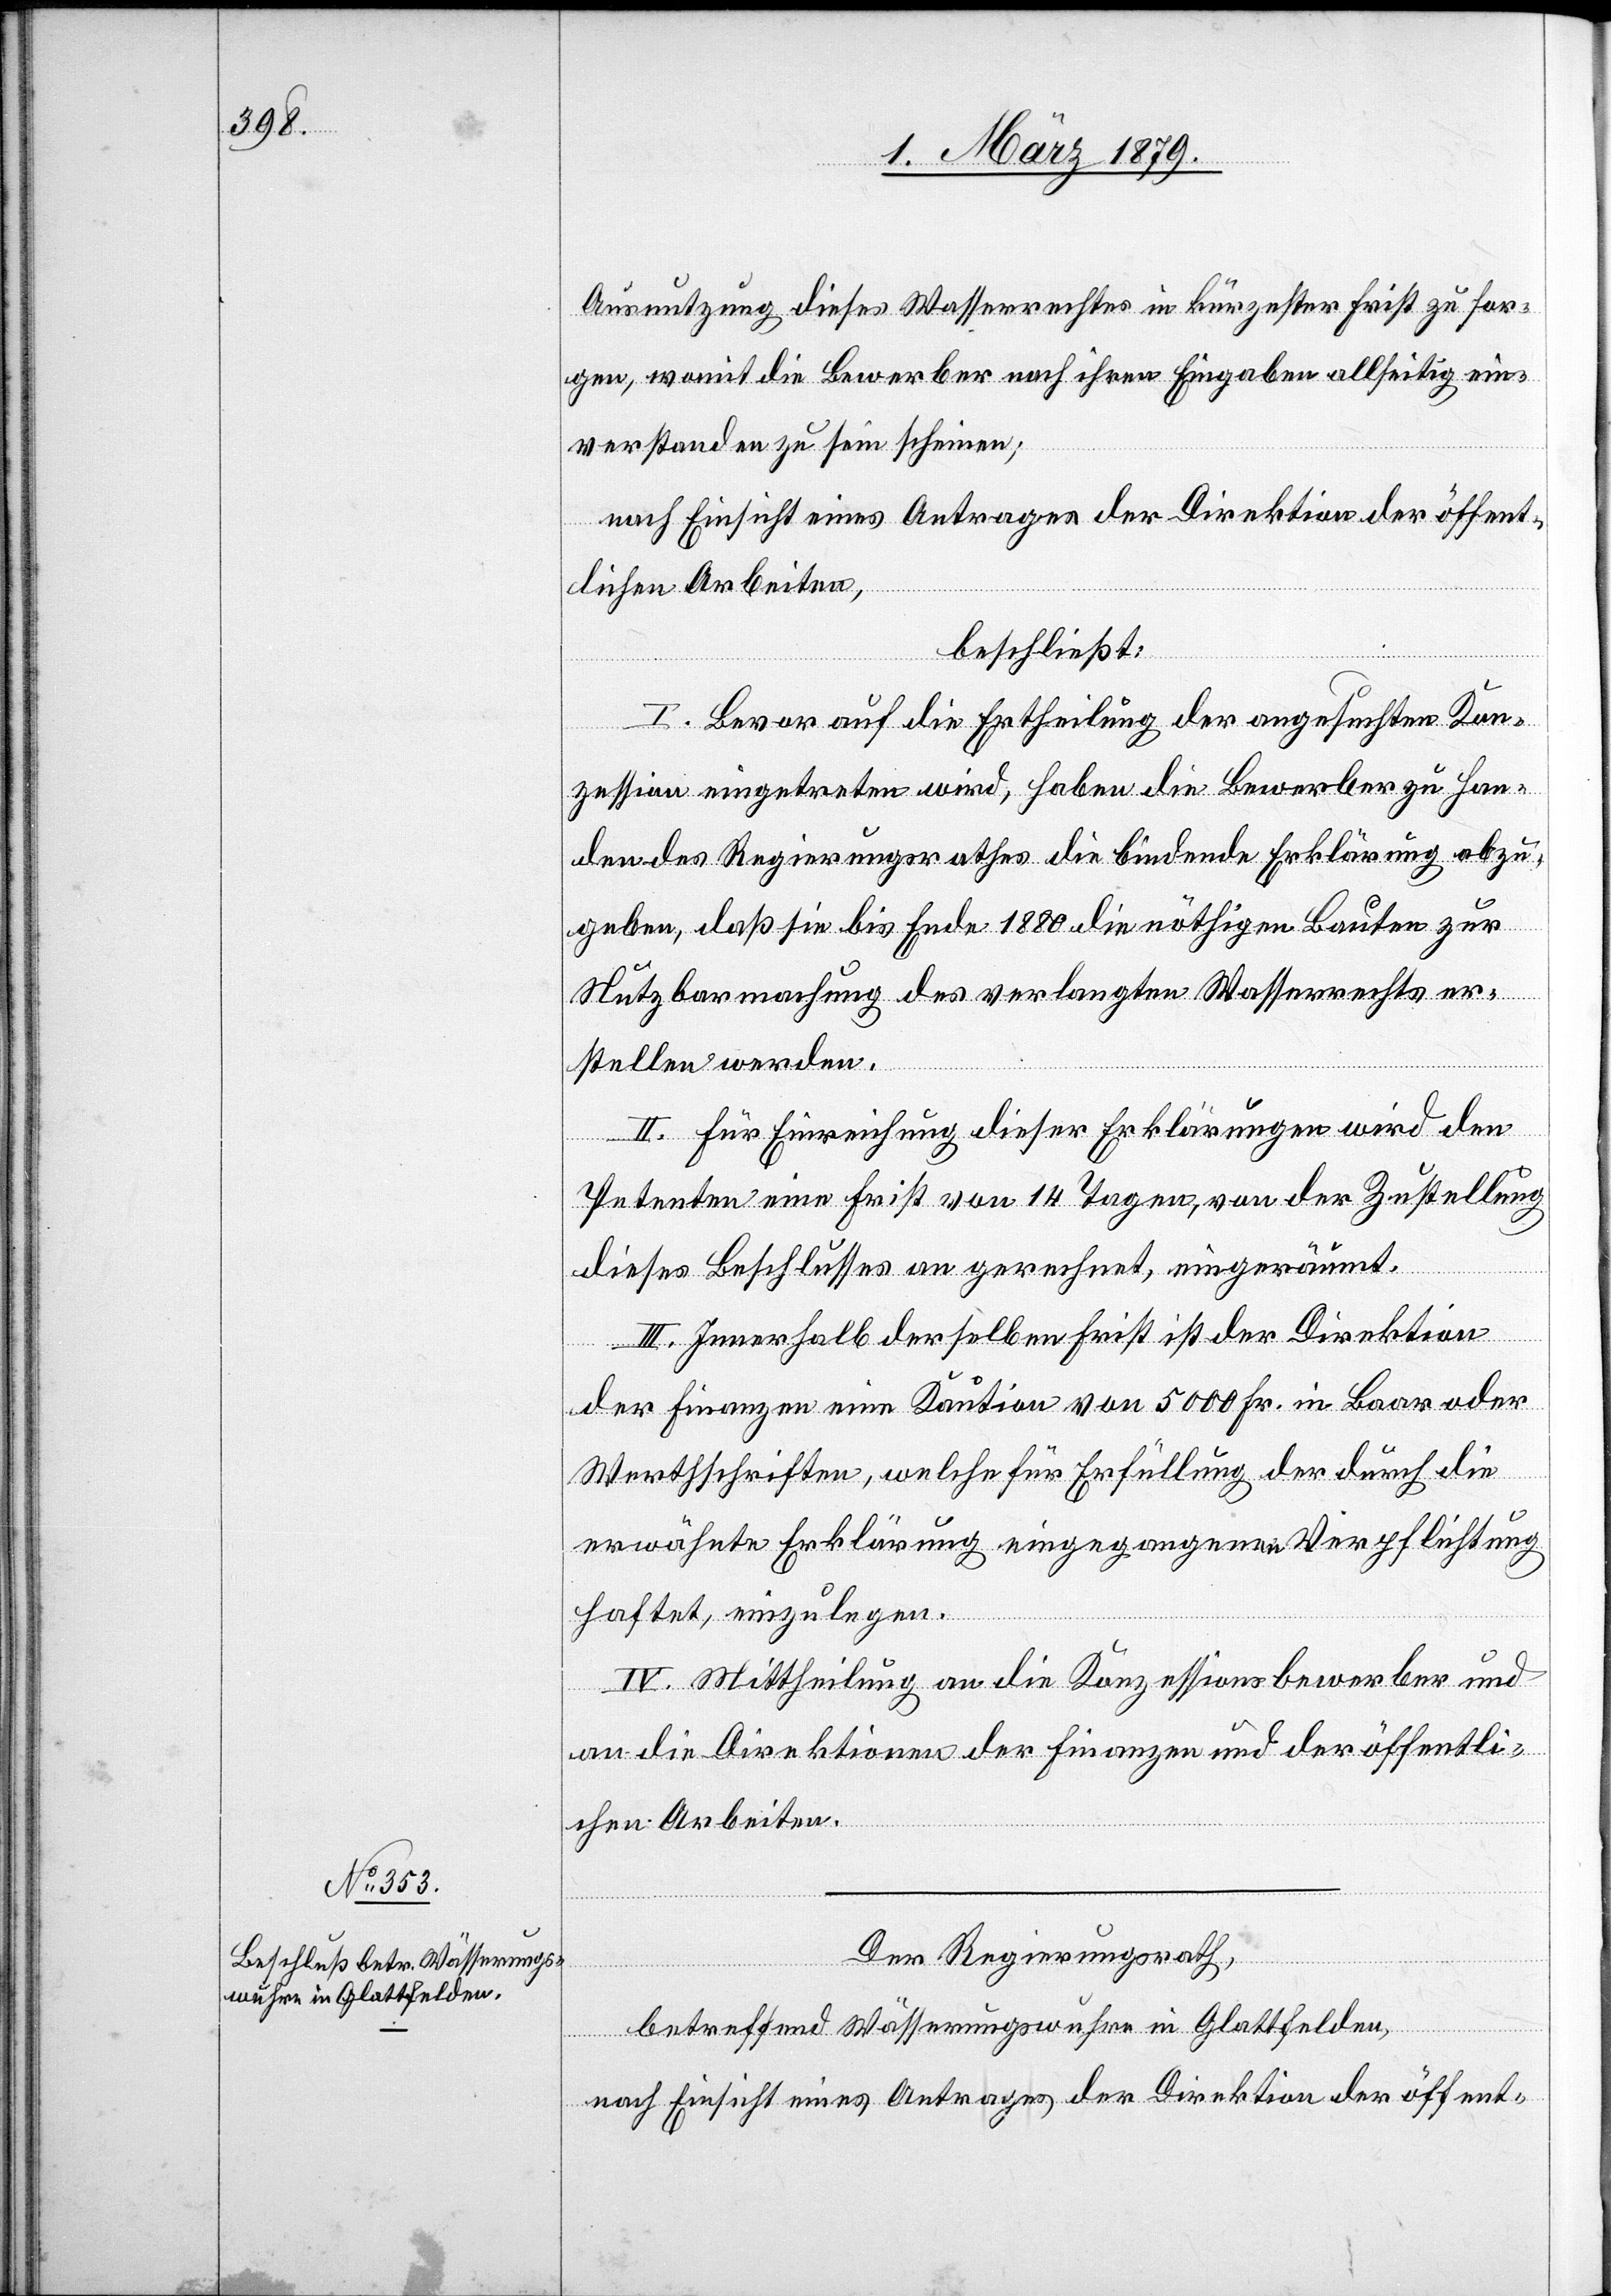
Ausnutzung dieses Wasserrechtes in kürzester Frist zu sor¬
gen, womit die Bewerber nach ihren Eingaben allseitig ein¬
verstanden zu sein scheinen;
nach Einsicht eines Antrages der Direktion der öffent¬
lichen Arbeiten,
beschließt:
I. Bevor auf die Ertheilung der angesuchten Kon¬
zession eingetreten wird, haben die Bewerber zu Han¬
den des Regierungsrathes die bindende Erklärung abzu¬
geben, daß sie bis Ende 1880 die nöthigen Bauten zur
Nutzbarmachung des verlangten Wasserrechtes er¬
stellen werden.
II. Für Einreichung dieser Erklärungen wird den
Petenten eine Frist von 14 Tagen, von der Zustellung
dieses Beschlusses an gerechnet, eingeräumt.
III. Innerhalb derselben Frist ist der Direktion
der Finanzen eine Kaution von 5000 Fr. in Baar oder
Werthschriften, welche für Erfüllung der durch die
erwähnte Erklärung eingegangenen Verpflichtung
haftet, einzulegen.
IV. Mittheilung an die Konzessionsbewerber und
an die Direktionen der Finanzen und der öffentli¬
chen Arbeiten.
Der Regierungsrath,
betreffend Wässerungswuhre in Glattfelden,
nach Einsicht eines Antrages der Direktion der öffent-